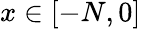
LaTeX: x\in[-N,0]